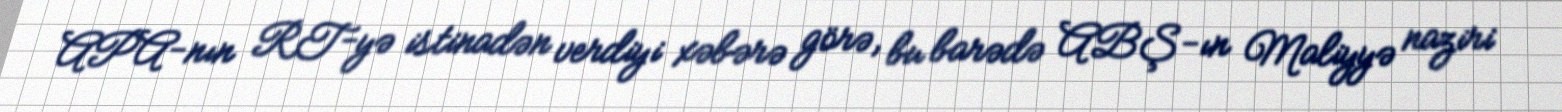
APA-nın RT-yə istinadən verdiyi xəbərə görə, bu barədə ABŞ-ın Maliyyə naziri